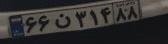
۶۶ن۳۱۴۸۸